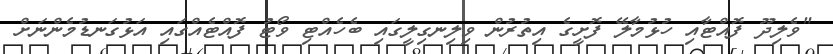
"ވެލިދޫ ފޮއްޓާއި ހުޅުމާލޭ ފޮށީގެ އިތުރުން ވިލިނގިލީގައި ބެހެއްޓި ވޯޓު ފޮއްޓެއްގައި އަޅުގަނޑުމެންނަށް